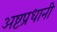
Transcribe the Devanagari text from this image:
अष्टप्रधानी